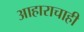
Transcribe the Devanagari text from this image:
आहाराचाही